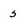
Character: s